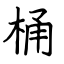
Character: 桶